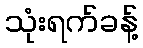
သုံးရက်ခန့်